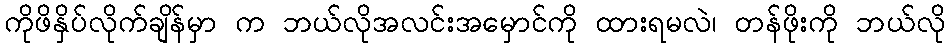
ကိုဖိနှိပ်လိုက်ချိန်မှာ က ဘယ်လိုအလင်းအမှောင်ကို ထားရမလဲ၊ တန်ဖိုးကို ဘယ်လို